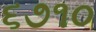
૬૭૧૦